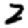
Digit: 2